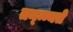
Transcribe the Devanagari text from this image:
तन्न्न्यते